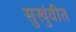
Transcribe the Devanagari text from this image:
सुखुंवीत